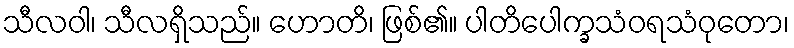
သီလဝါ၊ သီလရှိသည်။ ဟောတိ၊ ဖြစ်၏။ ပါတိပေါက္ခသံဝရသံဝုတော၊